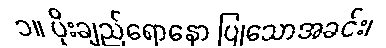
၁။ ပိုးချည်ရောနှော ပြုသောအခင်း၊